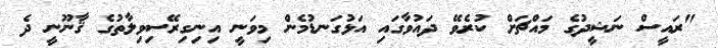
"ރައީސް ނަޝީދުގެ މައްޗަށް ކުރެވޭ ދައުވާގައި އަޅުގަނޑުމެން މިވަނީ އިނިގިރޭސިވިލާތުގެ ޤާނޫނީ ދެ